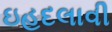
ઇહદલાવી